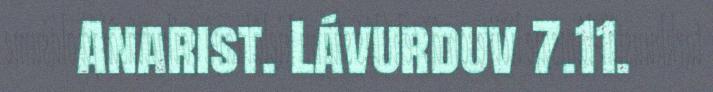
Anarist. Lávurduv 7.11.